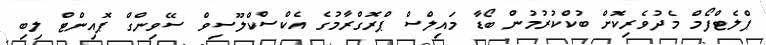
ޕްލެޓްފޯމް މެދުވެރިކޮށް ބުކްކުރުމުން ބޯޑާ މައިލްސް ޕްރޮގްރާމުގެ އެކްސްކްލޫސިވް ސޭވިންގް ޕޮއިންޓް ލިބި